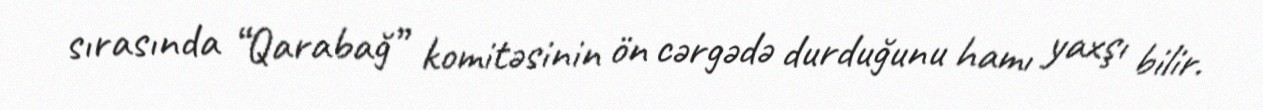
sırasında “Qarabağ” komitəsinin ön cərgədə durduğunu hamı yaxşı bilir.